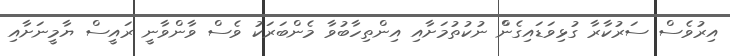
އިރުވެސް ސަރުކާރާ ގުޅިވަޑައިގެންް ނުކުތުމަށާއި އިންތިހާބުވާ މެންބަރަކު ވެސް ވާންވާނީ ރައީސް ޔާމީނަށާއި